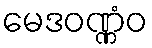
မေဒဝဏ္ဏံဝ